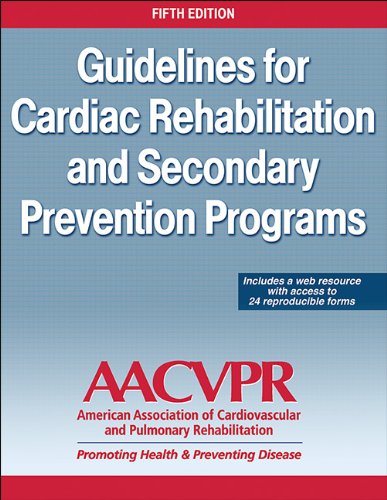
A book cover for Guidelines for Cardia Rehabilitation and Secondary Prevention Programs-5th Edition With Web Resource; Medical Books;